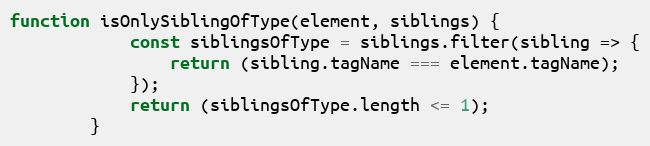
Language: JavaScript
function isOnlySiblingOfType(element, siblings) {
			const siblingsOfType = siblings.filter(sibling => {
				return (sibling.tagName === element.tagName);
			});
			return (siblingsOfType.length <= 1);
		}